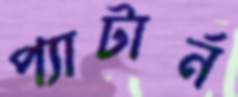
প্যাটার্ন